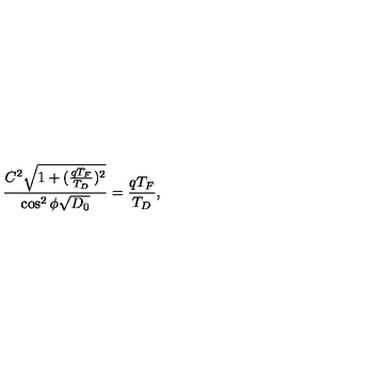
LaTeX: \frac { C ^ { 2 } \sqrt { 1 + ( \frac { q T _ { F } } { T _ { D } } ) ^ { 2 } } } { \cos ^ { 2 } \phi \sqrt { D _ { 0 } } } = \frac { q T _ { F } } { T _ { D } } ,